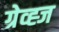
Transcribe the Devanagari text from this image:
ग्रेव्ह्ज